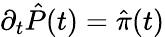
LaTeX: \partial_{t}\hat{P}(t)=\hat{\pi}(t)